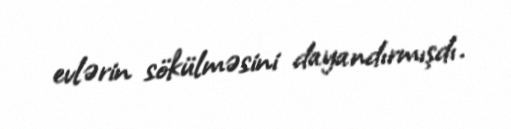
evlərin sökülməsini dayandırmışdı.